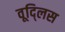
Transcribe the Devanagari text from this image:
वूद्लिस